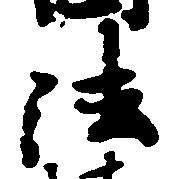
法